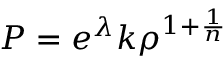
P = e ^ { \lambda } k \rho ^ { 1 + \frac { 1 } { n } }